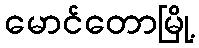
မောင်တောမြို့